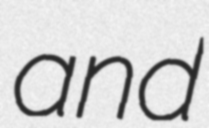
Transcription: and